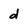
Character: d